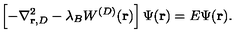
\left[ - \nabla _ { { \bf r } , { D } } ^ { 2 } - \lambda _ { B } W ^ { ( { D } ) } ( { \bf r } ) \right] \Psi ( { \bf r } ) = E \Psi ( { \bf r } ) .